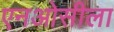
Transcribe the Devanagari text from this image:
एनओसीला